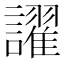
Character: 𬣑